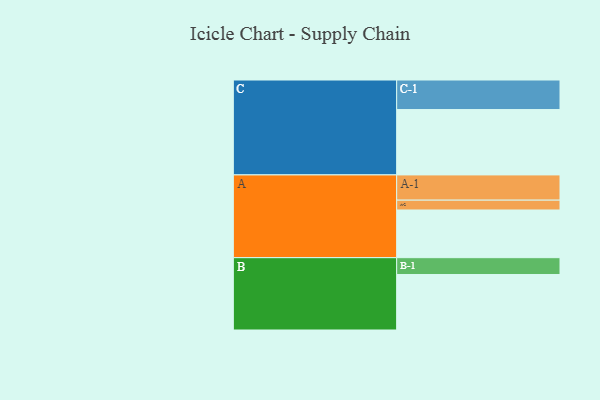
{"axis": {"x": "Segment", "y": "Value"}, "legend": ["", "A", "B", "C"], "data": [{"x": "A", "y": 397, "type": ""}, {"x": "B", "y": 462, "type": ""}, {"x": "C", "y": 544, "type": ""}, {"x": "A-1", "y": 210, "type": "A"}, {"x": "A-2", "y": 82, "type": "A"}, {"x": "B-1", "y": 140, "type": "B"}, {"x": "C-1", "y": 246, "type": "C"}]}